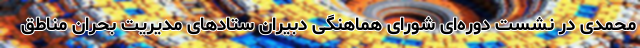
محمدی در نشست دوره‌ای شورای هماهنگی دبیران ستادهای مدیریت بحران مناطق